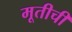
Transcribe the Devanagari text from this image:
मूतीची